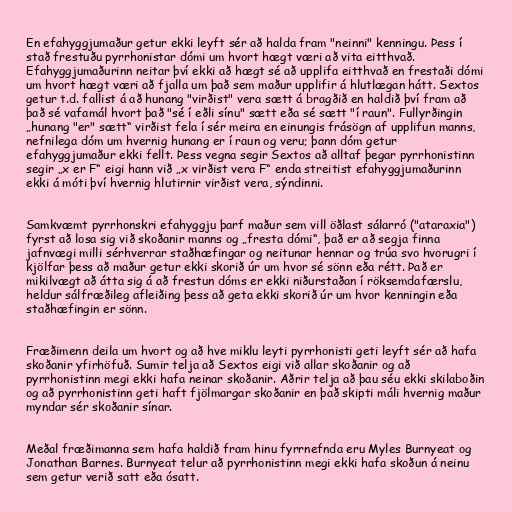
En efahyggjumaður getur ekki leyft sér að halda fram "neinni" kenningu. Þess í
stað frestuðu pyrrhonistar dómi um hvort hægt væri að vita eitthvað.
Efahyggjumaðurinn neitar því ekki að hægt sé að upplifa eitthvað en frestaði dómi
um hvort hægt væri að fjalla um það sem maður upplifir á hlutlægan hátt. Sextos
getur t.d. fallist á að hunang "virðist" vera sætt á bragðið en haldið því fram að
það sé vafamál hvort það "sé í eðli sínu" sætt eða sé sætt "í raun". Fullyrðingin
„hunang "er" sætt“ virðist fela í sér meira en einungis frásögn af upplifun manns,
nefnilega dóm um hvernig hunang er í raun og veru; þann dóm getur
efahyggjumaður ekki fellt. Þess vegna segir Sextos að alltaf þegar pyrrhonistinn
segir „x er F“ eigi hann við „x virðist vera F“ enda streitist efahyggjumaðurinn
ekki á móti því hvernig hlutirnir virðist vera, sýndinni.

Samkvæmt pyrrhonskri efahyggju þarf maður sem vill öðlast sálarró ("ataraxia")
fyrst að losa sig við skoðanir manns og „fresta dómi“, það er að segja finna
jafnvægi milli sérhverrar staðhæfingar og neitunar hennar og trúa svo hvorugri í
kjölfar þess að maður getur ekki skorið úr um hvor sé sönn eða rétt. Það er
mikilvægt að átta sig á að frestun dóms er ekki niðurstaðan í röksemdafærslu,
heldur sálfræðileg afleiðing þess að geta ekki skorið úr um hvor kenningin eða
staðhæfingin er sönn.

Fræðimenn deila um hvort og að hve miklu leyti pyrrhonisti geti leyft sér að hafa
skoðanir yfirhöfuð. Sumir telja að Sextos eigi við allar skoðanir og að
pyrrhonistinn megi ekki hafa neinar skoðanir. Aðrir telja að þau séu ekki skilaboðin
og að pyrrhonistinn geti haft fjölmargar skoðanir en það skipti máli hvernig maður
myndar sér skoðanir sínar.

Meðal fræðimanna sem hafa haldið fram hinu fyrrnefnda eru Myles Burnyeat og
Jonathan Barnes. Burnyeat telur að pyrrhonistinn megi ekki hafa skoðun á neinu
sem getur verið satt eða ósatt.